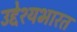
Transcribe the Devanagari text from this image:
उद्देश्यभारत